Vaccine operations Central Provinces 1900-1911 - 1900-1911
Year: 1900
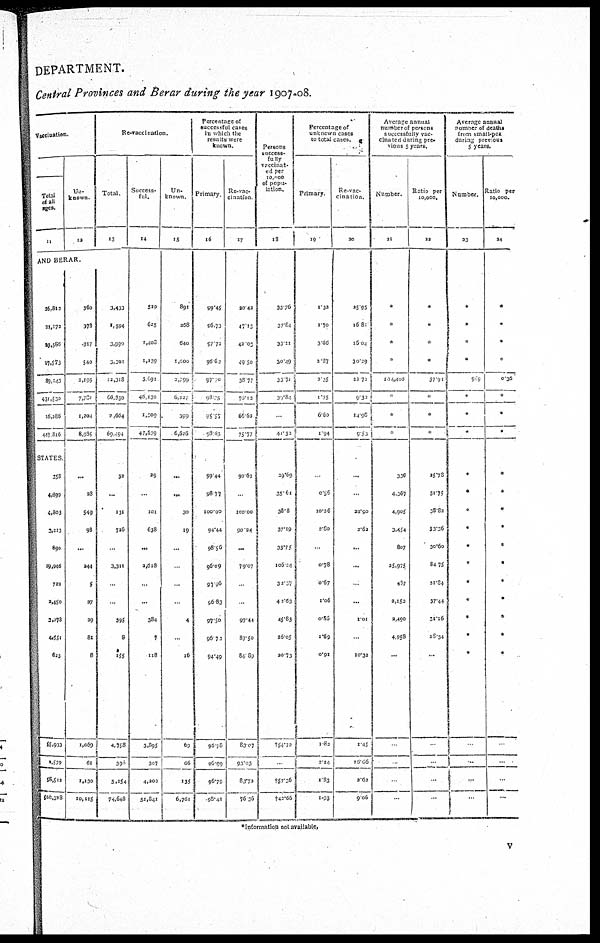
DEPARTMENT.
Central Provinces and Berar during the year 1907-08.
Vaccination.
Total
of all
ages.
11
Un-
known.
12
AND BERAR.
26,813
21,173
23,586
17,573
89,143
431,530
16,286
447.816
STATES
358
4,099
4,803
3,213
890
29,946
722
2,450
3,378
4,551
623
55,933
2,579
58,512
100,328
360
378
917
540
2,195
7,781
2,204
8,935
...
38
549
98
...
244
5
37
29
81
8
1,069
61
1,130
10,115
Re-vaccination.
Total.
13
3,433
1,594
3,990
3,301
12,318
66,830
2,664
69.494
32
...
131
726
...
3,311
...
...
395
8
155
4,758
390
5,154
74,648
Success-
ful.
14
519
625
1,408
1,139
3,691
46,130
1,509
47,539
29
...
101
638
...
2,618
...
...
384
7
118
3,895
307
4,203
51,841
known.
15
891
368
640
1,000
2,799
6,227
399
6,626
...
...
30
19
...
...
...
...
4
...
16
69
66
135
6,761
Percentage of
successful cases
in which the
results were
known
Primary
16
99.45
96.73
97.72
95.62
97.70
98.5
15.57
98.63
99.44
98.77
100.00
94.44
98.56
96.09
95.96
96.83
97.50
96.73
94.49
96.78
96.99
96.79
98.11
Re-vac-
cination
17
20.42
47.13
43.03
49.50
38.77
76.13
66.60
75.77
90.62
...
100.00
90.24
...
79.07
...
...
97.44
87.50
84.89
83.07
93.03
83.73
76.36
Persons
success-
fully
vaccinat-
ed per
10,000
of popu-
lation.
18
33.76
37.84
33.11
30.49
33.71
30.81
41.30
29.69
35.61
38.8
37.19
33.75
106.20
32.37
43.63
45.83
25.05
20.73
†54.72
†57.36
†42.66
Percentage of
unknown cases
to total cases.
Primary
19
1.32
1.70
3.66
3.87
3.35
1.75
6.60
1.94
...
0.56
10.26
2.80
...
0.78
0.67
1.06
0.86
1.69
0.91
1.82
2.24
1.83
1.93
Re-vac-
cination.
20
25.95
16.81
15.04
30.29
23.72
9.32
14.98
9.53
...
...
22.90
2.62
...
...
...
...
1.01
...
10.32
1.45
16.66
2.62
9.06
Average annual
number of persons
successfully vac-
cinated during pre-
vious 5 years.
Number.
21
*
*
*
*
101,403
*
*
*
336
4,367
4,905
3,454
807
25,975
487
2,153
2,490
4,958
...
...
...
...
...
Ratio per
10,000.
22
*
*
*
*
37.91
*
*
*
25.78
31.75
38.82
33.36
30.60
84.75
31.84
37.44
31.16
28.37
...
...
...
...
...
Average annual
number of deaths
from small-pox
during previous
5 years.
Number.
23
*
*
*
*
9.9
*
*
*
*
*
*
*
*
*
*
*
*
*
*
...
...
...
...
Ratio per
10,000.
24
*
*
*
*
0.36
*
*
*
*
*
*
*
*
*
*
*
*
*
*
...
...
...
...
*Information not available.
v